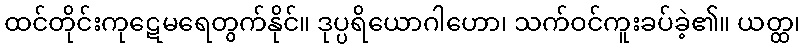
ထင်တိုင်းကုဋေမရေတွက်နိုင်။ ဒုပ္ပရိယောဂါဟော၊ သက်ဝင်ကူးခပ်ခဲ့၏။ ယတ္ထ၊